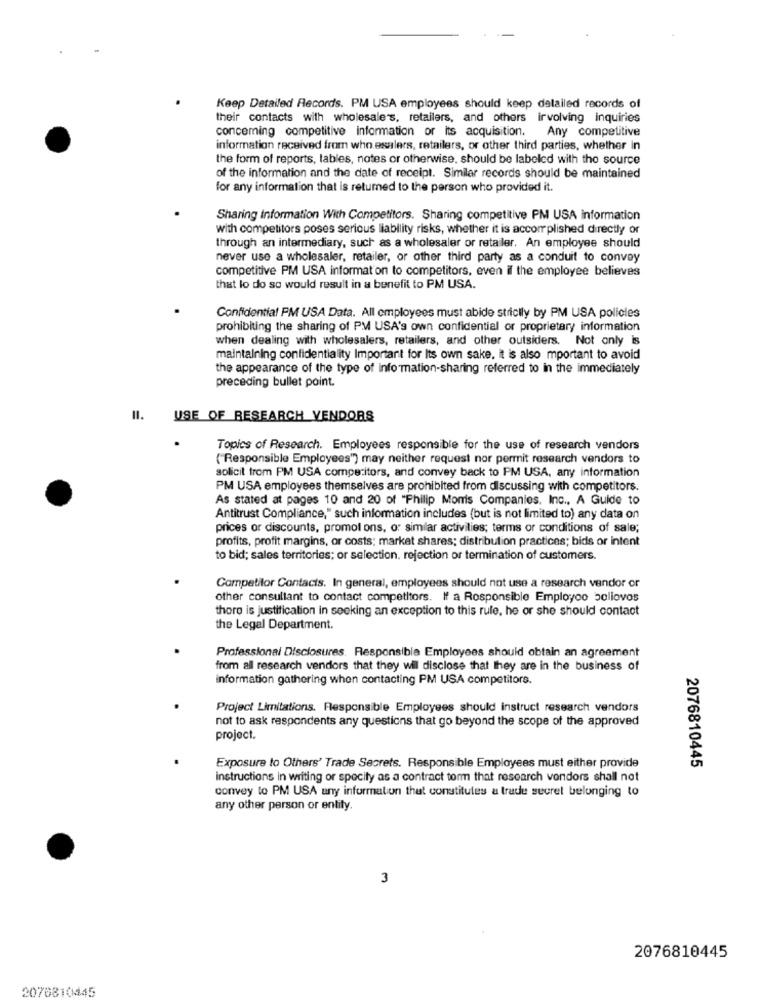
Keep Detailed Records. PM USA employees should keep detailed records of
their contacts with wholesale's, retailers, and others involving inquiries
conceming competitive information or its acquisition.
Any competitive
information received from who esalers, retailers, or other third parties, whether in
the form of reports, lables, notes or otherwise, should be labeled with the source
of the information and the date of receipt. Similar records should be maintained
for any information that is returned to the person who provided it.
Sharing information With Competitors. Sharing competitive PM USA information
with competitors poses serious liability risks, whether it is accomplished directly or
through an intermediary, such as a wholesaler or retailer. An employee should
never use a wholesaler, retailer, or other third party as a conduit to convey
competitive PM USA information to competitors, even il the employee believes
that lo do so would result in a benefit to PM USA.
Confidential PM USA Data. All employees must abide strictly by PM USA policles
prohibiting the sharing of PM USA's own confidential or proprietary information
when dealing with wholesalers, retailers, and other outsiders. Not only is
maintaining confidentiality Important for Its own sake. it is also mportant to avoid
the appearance of the type of info mation-sharing referred to in the immediately
preceding bullet point.
USE OF RESEARCH VENDORS
Topics of Research. Employees responsible for the use of research vendors
( Responsible Employees") may neither request nor permit research vendors to
solicit trom PM USA competitors, and convey back to PM USA, any information
PM USA employees themselves are prohibited from discussing with competitors.
As stated at pages 10 and 20 of "Philip Morris Companies, Inc ., A Guide to
Antitrust Compliance," such information includes (but is not limited to) any data on
prices or discounts, promol ons, or similar activities; terms or conditions of sale;
profits, profit margins, or costs; market shares; distribution practices; bids or intent
to bid; sales territories; or selection, rejection or termination of customers.
Competitor Contacts. In general, employees should not use a research vendor or
other consultant to contact competitors. If a Responsible Employoo boliovos
thoro is justification in seeking an exception to this rule, he or she should contact
the Legal Department.
Professional Disclosures. Responsible Employees should obtain an agreement
from all research vendors that they wil disclose that they are in the business of
information gathering when contacting PM USA competitors.
Project Limitations. Responsible Employees should instruct research vendors
not to ask respondents any questions that go beyond the scope of the approved
project.
Exposure to Others' Trade Secrets. Responsible Employees must either provide
2076810445
instructions in writing or spocity as a contract torm that research vendors shall not
convey to PM USA any information that constitutes a trade secret belonging to
any other person or entity.
3
2076810445
2076810445